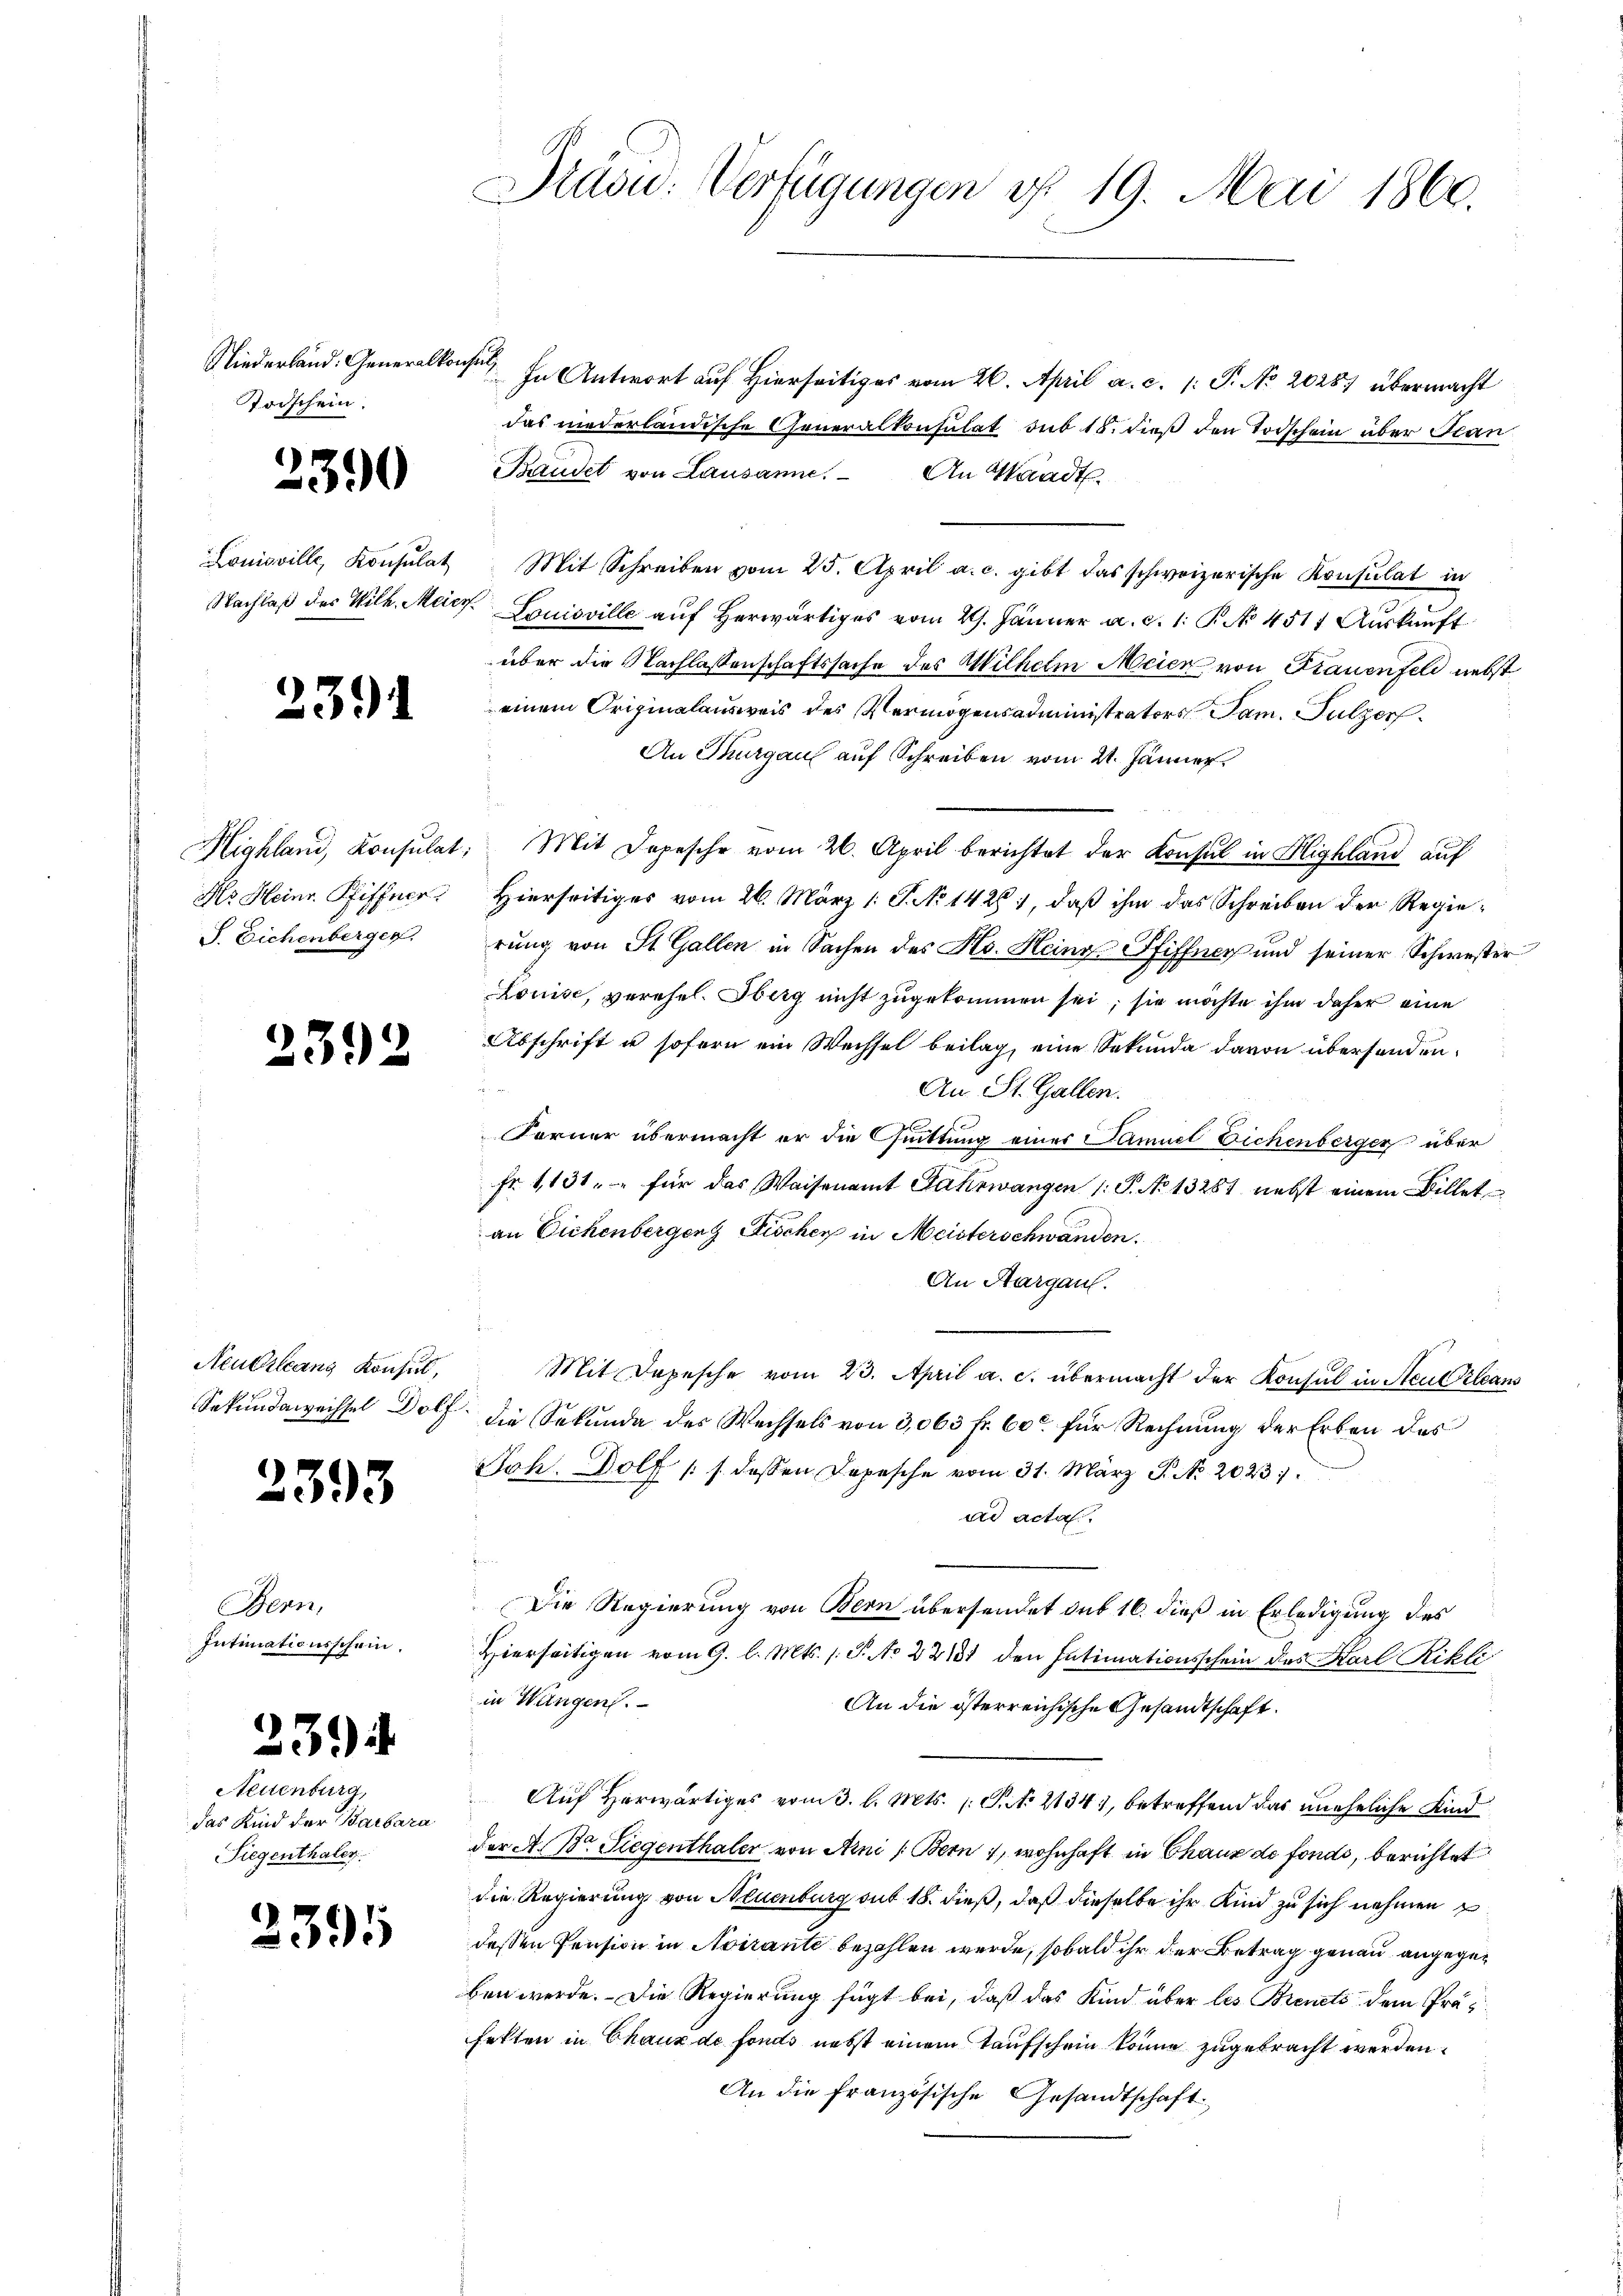
Niederland. Generalkonsul,
Todschein.

3390

2391

J. Eichenberger.

2392

2393

Bern,
Intimationsschein.

239

Neuenburg,
das Kind der Barbara
Siegenthaler.

2391

Drasw. Verfügungen d. 19. Mai 1860.

In Antwort auf Hierseits vom 26. April a. c. 1: P. No 2028 übermacht
das niederländische Generalkonsulat sub 15. dieß den Todschein über Stan
Bauder von Lausanne. An Waadt
Louisville, Konsulat Mit Schreiben vom 25. April a. c. gibt das schweizerische Konsulat in
Nachlaß des Wilh. Meier Louisville aŭf herwärtiges vom 2. Jänner a. c. 1. P. No 4511 Auskauft
über die Nachlassenschaftssache des Wilhelm Meier von Frauenfeld nebst
einem Originalausweis des Vermögensadministrators Pam. Sulzer
An Thurgau auf Schreiben vom 21. Jänner
Highland, Konsulat. Mit Depesche vom 26. April berichtet der Konsul in Highland auf
No Heinr. Pfiffner. Hierseitiges vom 26. März 1. P. No 1426), daß ihm das Schreiben der Regierung von St. Gallen in Sachen des Hs. Heine Pfiffner und seiner Schwester
Louise, verehel. Oberg nicht zugekommen sei; sie möchte ihm daher eine
Abschrift u sofern ein Wechsel beilag, eine Sekunda davon übersenden¬

An St. Gallen.
Forner übermacht er die Quittung einer Samuel Eichenberger über
Fr. 1131. für das Waisenamt Fahrwangen /: P. No 13281 nebst einem Billet
an Eichenbergenz Fischer in Meisterschwanden.
An Aargau.
Neubilans Konsul, Mit Depesche vom 23. April a. c. übermacht der Konsul in Neue Pleans
Sekundawechsel dolf die Sekunde des Wechsels von 3,063 fr. 60 für Rechnung der Erben des
Joh. Dolf :/ dessen Depesche vom 31. März P. No. 2023
ad acta.
Die Regierung von Bern übersendet sub 16. dieß in Erledigung des
Hierseitigen vom 9. l. Mts. s. S. No 22131 den Intimationsschein des Karl Rikli
in Wangen.
An die österreichische Gesandtschaft.
Auf Herwärtiges vom 3. l. Mts. S. 2134), betreffend das uneheliche Kind
der A. Dr. Siegenthaler von Ani (Bern 1, wohnhaft in Chaux de fonds, berichtet
die Regierung von Neuenburg sub 18. dieß, daß dieselbe ihr Kind zu sich nehmen
dessen Pension in Noirante bezahlen werde, sobald ihr der Betrag genau angegeben werde. Die Regierung fügt bei, daß das Kind über les Brents dem Präfetten in Chaux de fonds nebst einem Taufschein könne zugebracht werden.
An die französische Gesandtschaft.